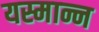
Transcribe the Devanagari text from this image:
यस्मान्न